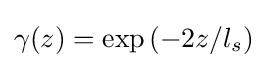
\gamma (z)=\exp {(-2z/l_{s})}